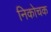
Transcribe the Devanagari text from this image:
निकोचक